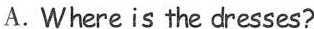
A. Where is the dresses?